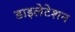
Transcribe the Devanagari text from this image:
डाइलेटेशन